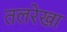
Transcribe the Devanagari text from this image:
तलरेखा